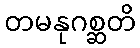
တမနုဂစ္ဆတိ